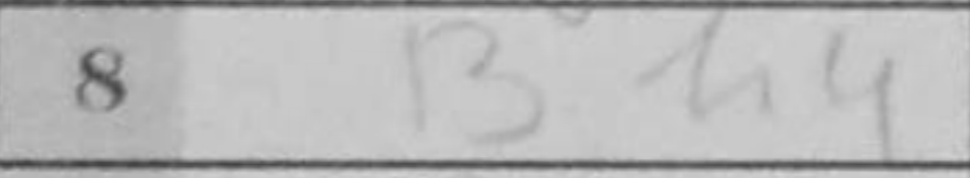
Transcription: Bh4